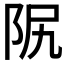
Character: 𨸰